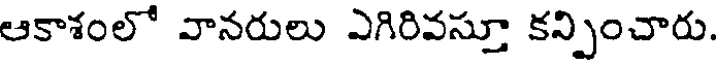
ఆకాశంలో వానరులు ఎగిరివస్తూ కన్పించారు.